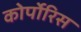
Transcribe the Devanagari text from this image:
कोर्पोरिस